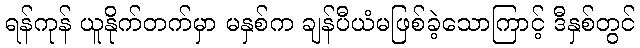
ရန်ကုန် ယူနိုက်တက်မှာ မနှစ်က ချန်ပီယံမဖြစ်ခဲ့သောကြာင့် ဒီနှစ်တွင်